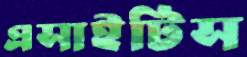
এসাইটিস